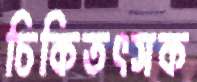
চিকিতৎসক